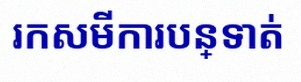
រកសមីការបន្ទាត់